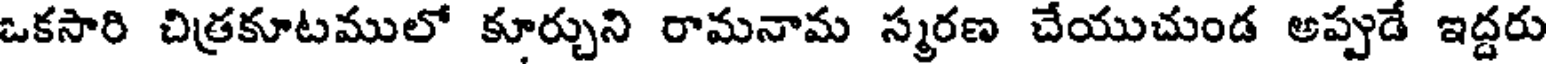
ఒకసారి చిత్రకూటములో కూర్చుని రామనామ స్మరణ చేయుచుండ అప్పుడే ఇద్దరు